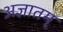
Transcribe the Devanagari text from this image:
अज्ञातम्‌